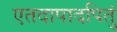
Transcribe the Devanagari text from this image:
एतदापादपितुं